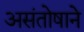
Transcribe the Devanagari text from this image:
असंतोषाने